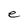
Character: e